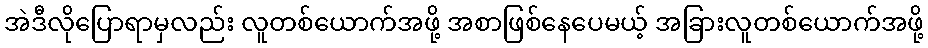
အဲဒီလိုပြောရာမှလည်း လူတစ်ယောက်အဖို့ အစာဖြစ်နေပေမယ့် အခြားလူတစ်ယောက်အဖို့